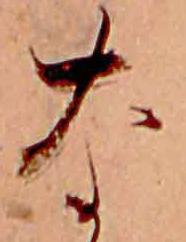
な